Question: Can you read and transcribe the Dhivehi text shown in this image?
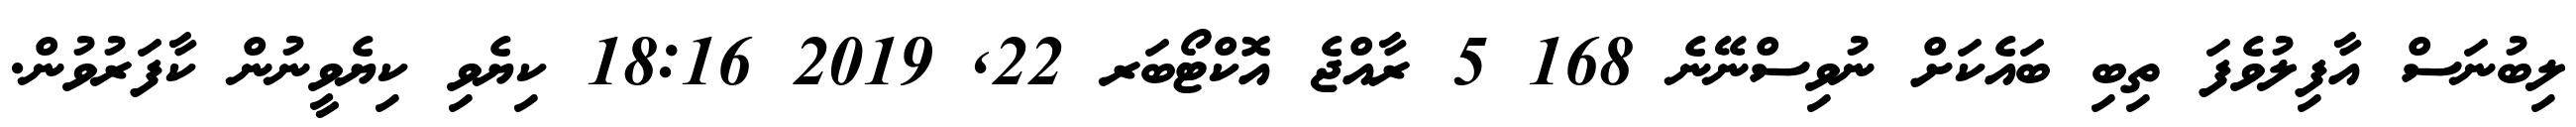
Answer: ލިބުނަސް އާފިލުވެފަ ތިބި ބައެކަށް ނުވިސްނޭނެ 168 5 ރާއްޖެ އޮކްޓޯބަރ 22, 2019 18:16 ކިޔެވި ކިޔެވީނުން ކާފަރުވުން.